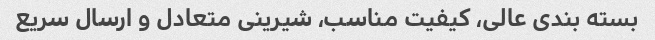
بسته بندی عالی، کیفیت مناسب، شیرینی متعادل و ارسال سریع